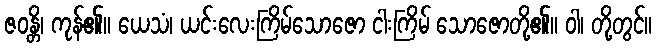
ဇဝန္တိ၊ ကုန်၏။ ယေသံ၊ ယင်းလေးကြိမ်သောဇော ငါးကြိမ် သောဇောတို့၏။ ဝါ၊ တို့တွင်။